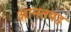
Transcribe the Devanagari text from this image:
आनतबह